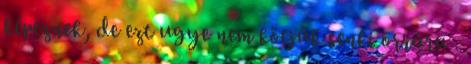
képeznek, de ezt ugye nem kötjük senki orrára .